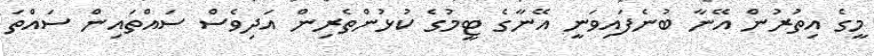
މީގެ އިތުރުން އޭނާ ބުނެފައިވަނީ އޭނާގެ ޓީމުގެ ކުޅުންތެރިން އަދިވެސް ސައްތައިން ސައްތަ